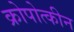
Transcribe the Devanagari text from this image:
क्रोपोत्कीन